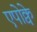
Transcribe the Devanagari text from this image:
एपोक्वे